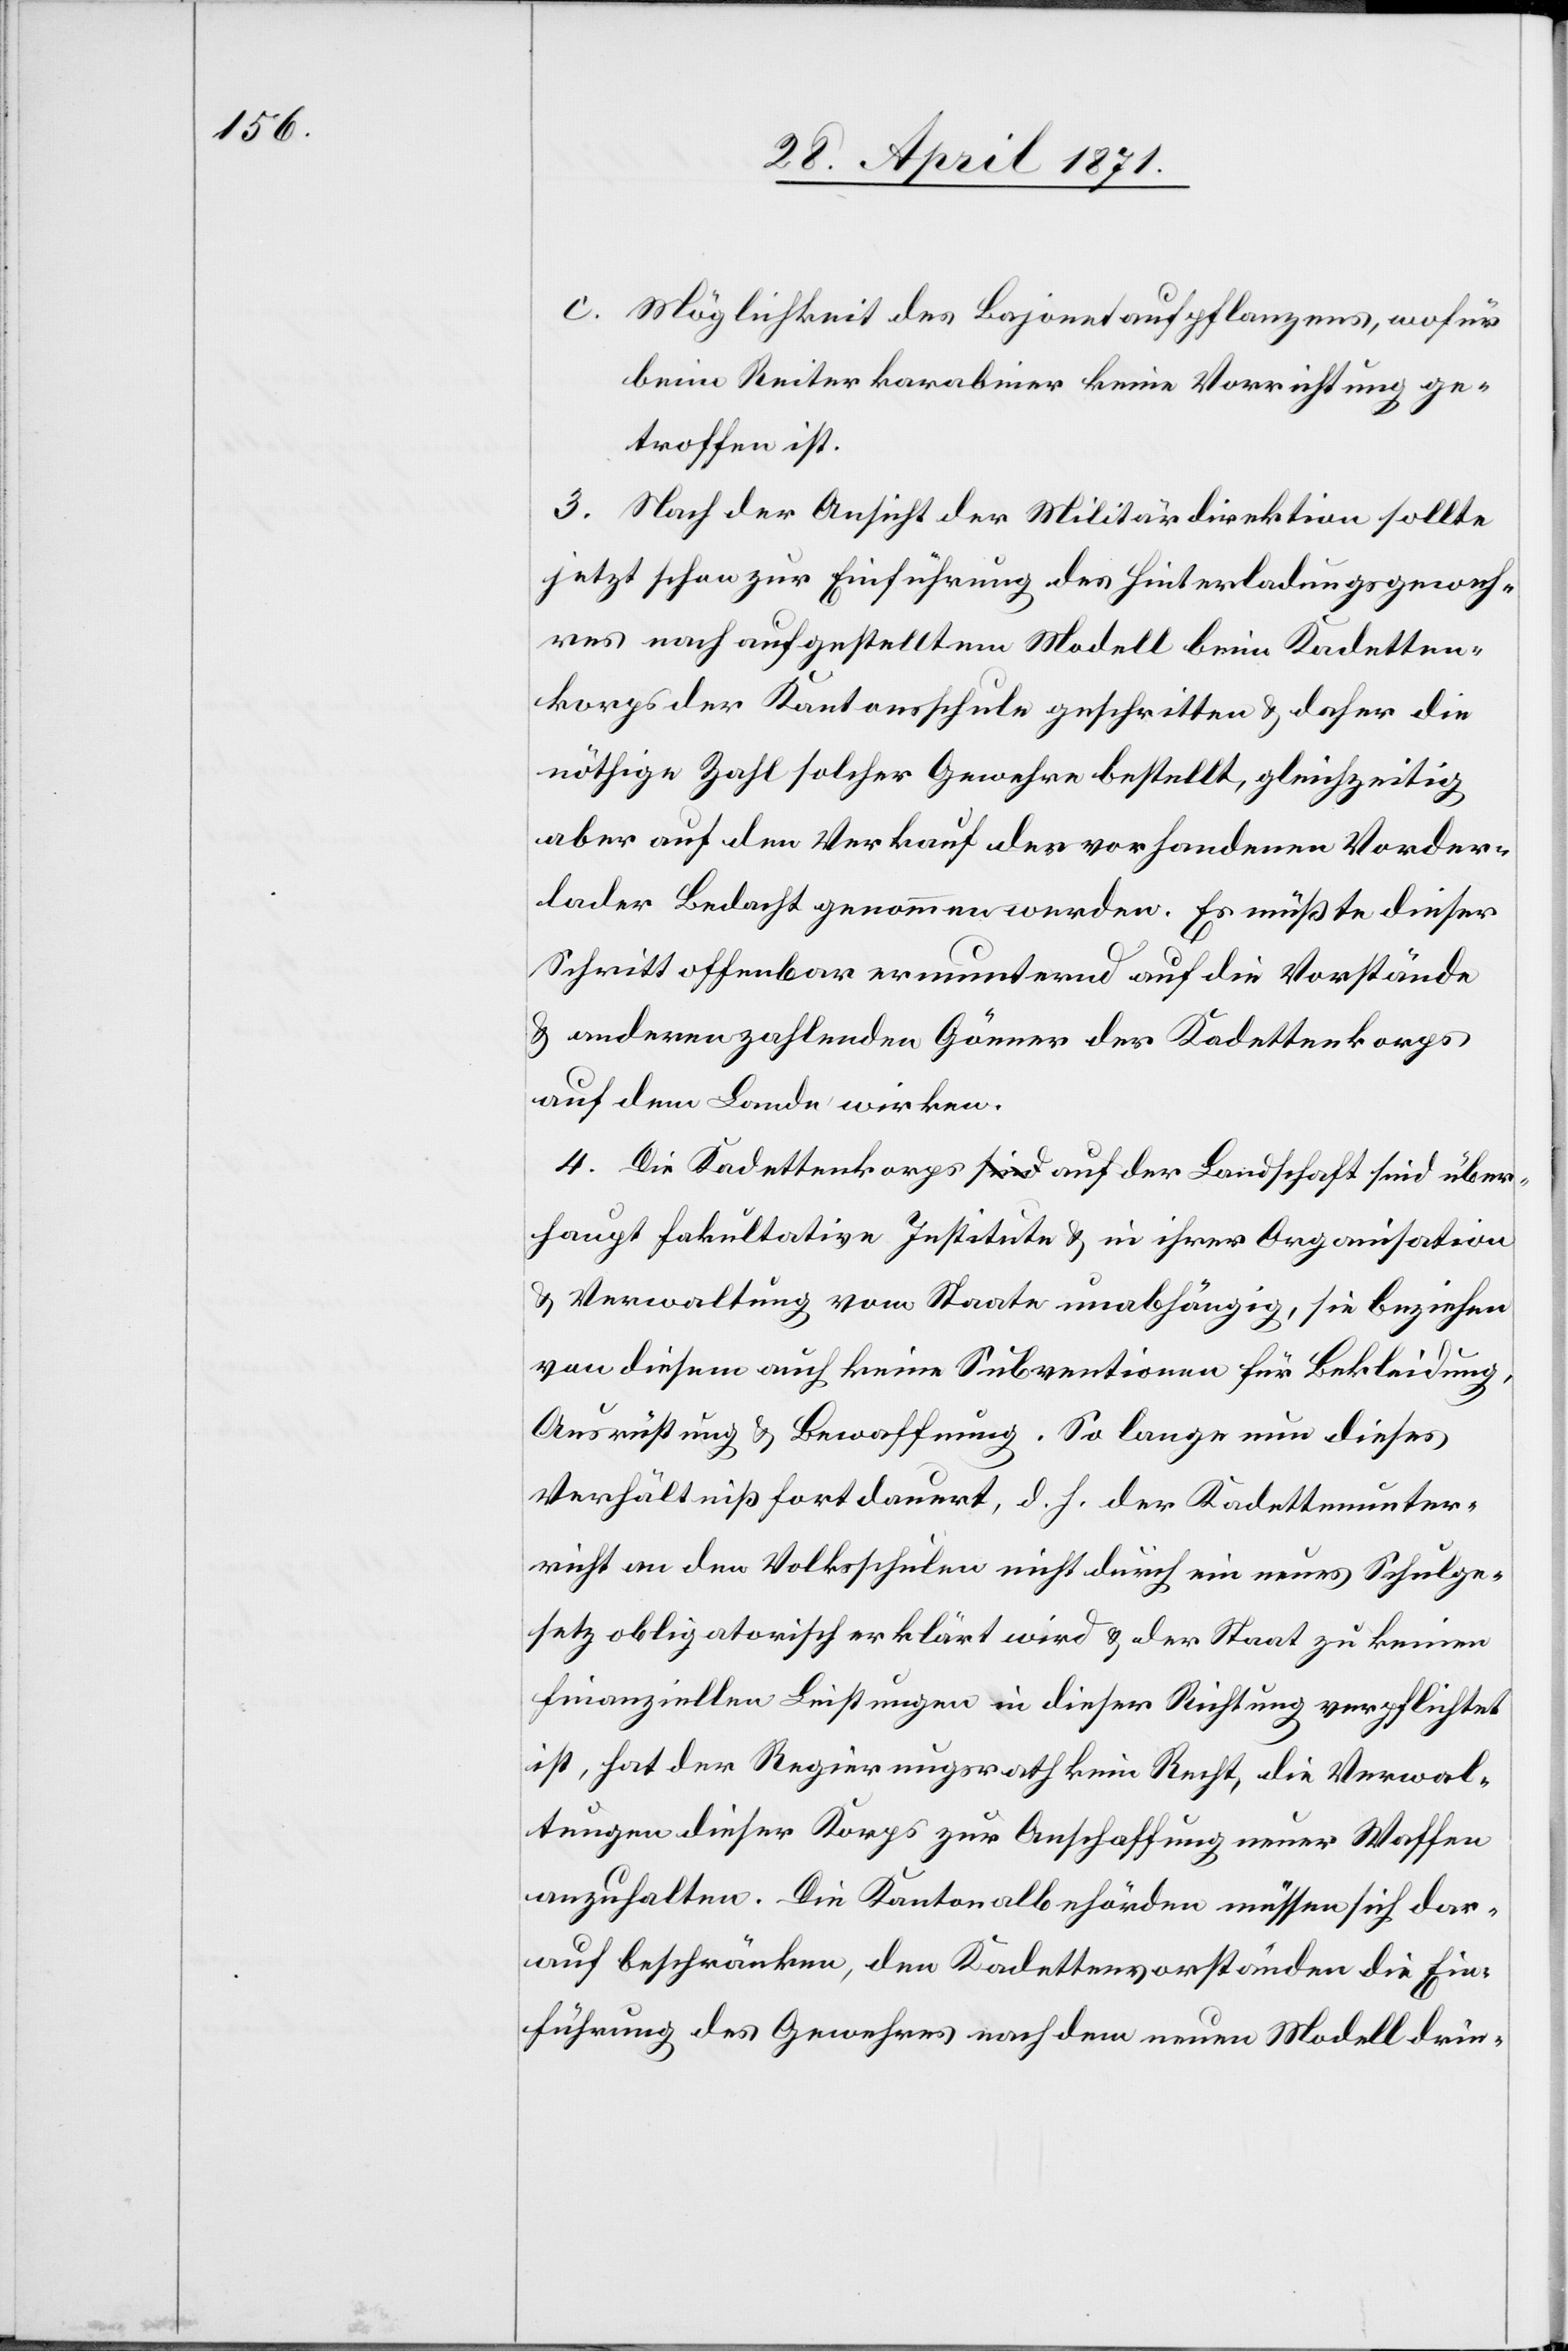
c. Möglichkeit des Bajonetaufpflanzens, wofür
beim Reiterkarabiner keine Vorrichtung ge¬
troffen ist.
3. Nach der Ansicht der Militärdirektion sollte
jetzt schon zur Einführung des Hinterladungsgeweh¬
res nach aufgestelltem Modell beim Kadetten¬
korps der Kantonsschule geschritten u. daher die
nöthige Zahl solcher Gewehre bestellt, gleichzeitig
aber auf den Verkauf der vorhandenen Vorder¬
lader Bedacht genommen werden. Es müßte dieser
Schritt offenbar ermunternd auf die Vorstände
u. anderen zahlenden Gönner der Kadettenkorps
auf dem Lande wirken.
4. Die Kadettenkorps auf der Landschaft sind über¬
haupt fakultative Institute u. in ihrer Organisation
u. Verwaltung vom Staate unabhängig, sie beziehen
von diesem auch keine Subventionen für Bekleidung,
Ausrüstung u. Bewaffnung. So lange nun dieses
Verhältniß fortdauert, d. h. der Kadettenunter¬
richt an den Volksschulen nicht durch ein neues Schulge¬
setz obligatorisch erklärt wird u. der Staat zu keinen
finanziellen Leistungen in dieser Richtung verpflichtet
ist, hat der Regierungsrath kein Recht, die Verwal¬
tungen dieser Korps zur Anschaffung neuer Waffen
anzuhalten. Die Kantonalbehörden müssen sich dar¬
auf beschränken, den Kadettenvorständen die Ein¬
führung des Gewehres nach dem neuen Modell drin-